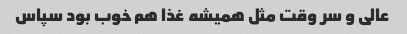
عالی و سر وقت مثل همیشه غذا هم خوب بود سپاس